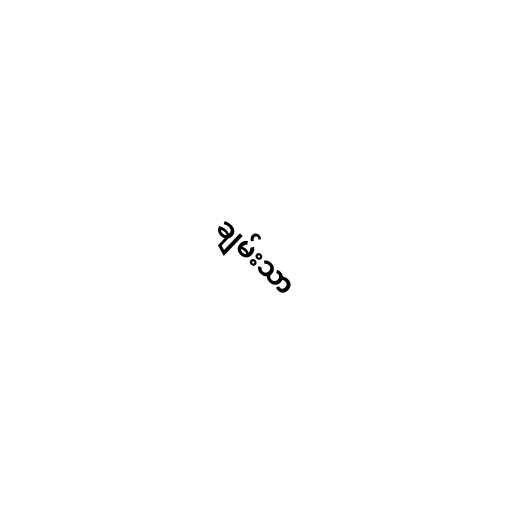
ချမ်းသာ